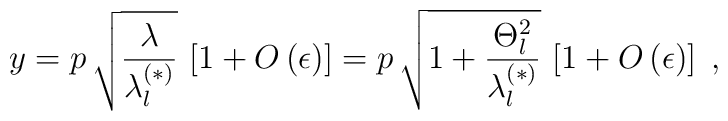
y=p\,\sqrt{ \frac{\lambda}{ \lambda_{l}^{(\ast)}} }\,\left[ 1 + O \left( \epsilon \right)\right]=p \,\sqrt{1 +  \frac{\Theta_{l}^{2} }{ \lambda_{l}^{(\ast)} }  }\,\left[ 1 + O \left( \epsilon \right)\right]\;  ,